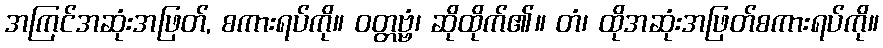
အကြင်အဆုံးအဖြတ်, စကားရပ်ကို။ ဝတ္တဗ္ဗံ၊ ဆိုထိုက်၏။ တံ၊ ထိုအဆုံးအဖြတ်စကားရပ်ကို။